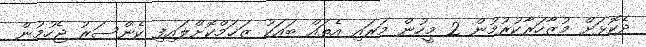
ދެކޮޅަށް މުޒާހަރާކުރުމުން 2 މީހުން މަރައި އެތައް ބައަކު ޒަޚަމްކޮށްލައިފި ކެންސަރު ޖެހުމުން